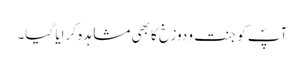
آپؐ کو جنت و دوزخ کا بھی مشاہدہ کرایا گیا۔